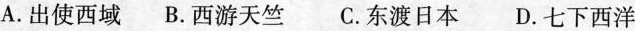
A.出使西域 B.西游天竺 C.东渡日本 D.七下西洋